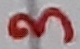
Text: 3